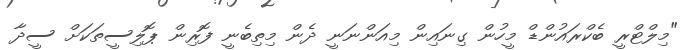
"މިލްޓްރީ ބެކްރައުންޑް މީހުން ގިނައިން މިއަންނަނީ ދެން މިތިބެނީ ފޮރިން ޕޮލިސީތަކަށް ސީދާ